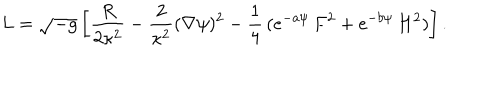
L = { \sqrt { - g } } \left[ { \frac { R } { 2 \kappa ^ { 2 } } } - { \frac { 2 } { \kappa ^ { 2 } } } ( \nabla \psi ) ^ { 2 } - { \frac { 1 } { 4 } } \, ( e ^ { - a \psi } \, F ^ { 2 } + e ^ { - b \psi } \, H ^ { 2 } ) \right] .